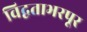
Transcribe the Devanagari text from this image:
विद्वताभरपूर